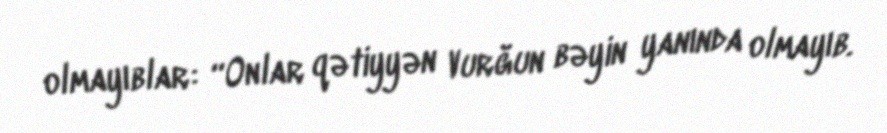
olmayıblar: “Onlar qətiyyən Vurğun bəyin yanında olmayıb.